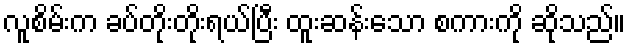
လူစိမ်းက ခပ်တိုးတိုးရယ်ပြီး ထူးဆန်းသော စကားကို ဆိုသည်။